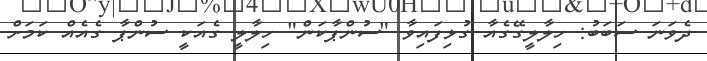
ދެވަނަ ސަބަބު: ހިލާލީގޭގެއާ ގުޅިފައިވާ "ސުންޕާކަން" ހިލާލީ ގެއަކީ ސުންޕާ ގެއެއް ކަމަށް